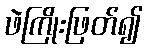
ဖဲကြိုးဖြတ်၍